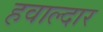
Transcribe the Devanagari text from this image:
हवाल्दार